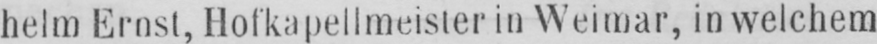
helm Ernst, Hofkapellmeister in Weimar, in welchem